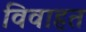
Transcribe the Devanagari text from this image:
विवाहत